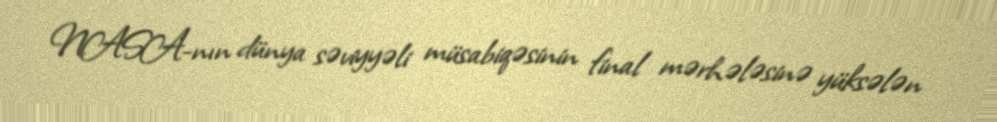
NASA-nın dünya səviyyəli müsabiqəsinin final mərhələsinə yüksələn